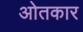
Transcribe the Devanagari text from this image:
ओतकार